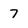
Character: 7